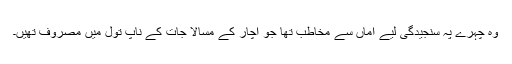
وہ چہرے پہ سنجیدگی لیے اماں سے مخاطب تھا جو اچار کے مسالا جات کے ناپ تول میں مصروف تھیں۔